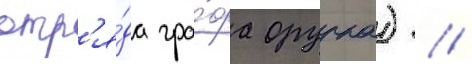
отр'я́да гра́фа орурка) /